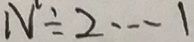
N \div 2 \cdots 1